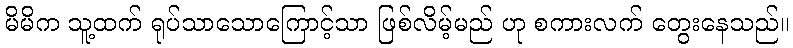
မိမိက သူ့ထက် ရုပ်သာသောကြောင့်သာ ဖြစ်လိမ့်မည် ဟု စကားလက် တွေးနေသည်။